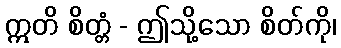
ဣတိ စိတ္တံ - ဤသို့သော စိတ်ကို၊